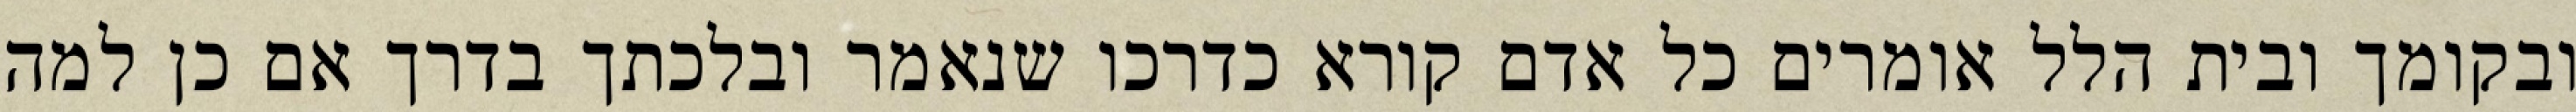
ובקומך ובית הלל אומרים כל אדם קורא כדרכו שנאמר ובלכתך בדרך אם כן למה